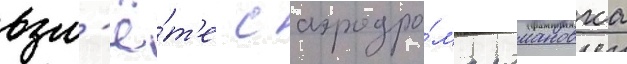
взл'ё́т'е с аэродро́ма романовка